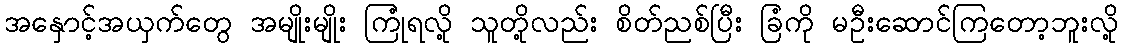
အနှောင့်အယှက်တွေ အမျိုးမျိုး ကြုံရလို့ သူတို့လည်း စိတ်ညစ်ပြီး ခြံကို မဦးဆောင်ကြတော့ဘူးလို့